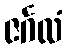
ဇင်္ဂလံ